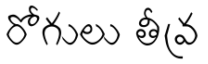
రోగులు తీవ్ర